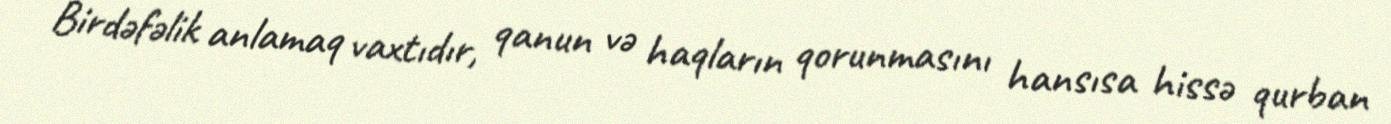
Birdəfəlik anlamaq vaxtıdır, qanun və haqların qorunmasını hansısa hissə qurban